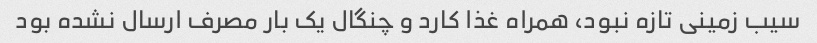
سیب زمینی تازه نبود، همراه غذا کارد و چنگال یک بار مصرف ارسال نشده بود